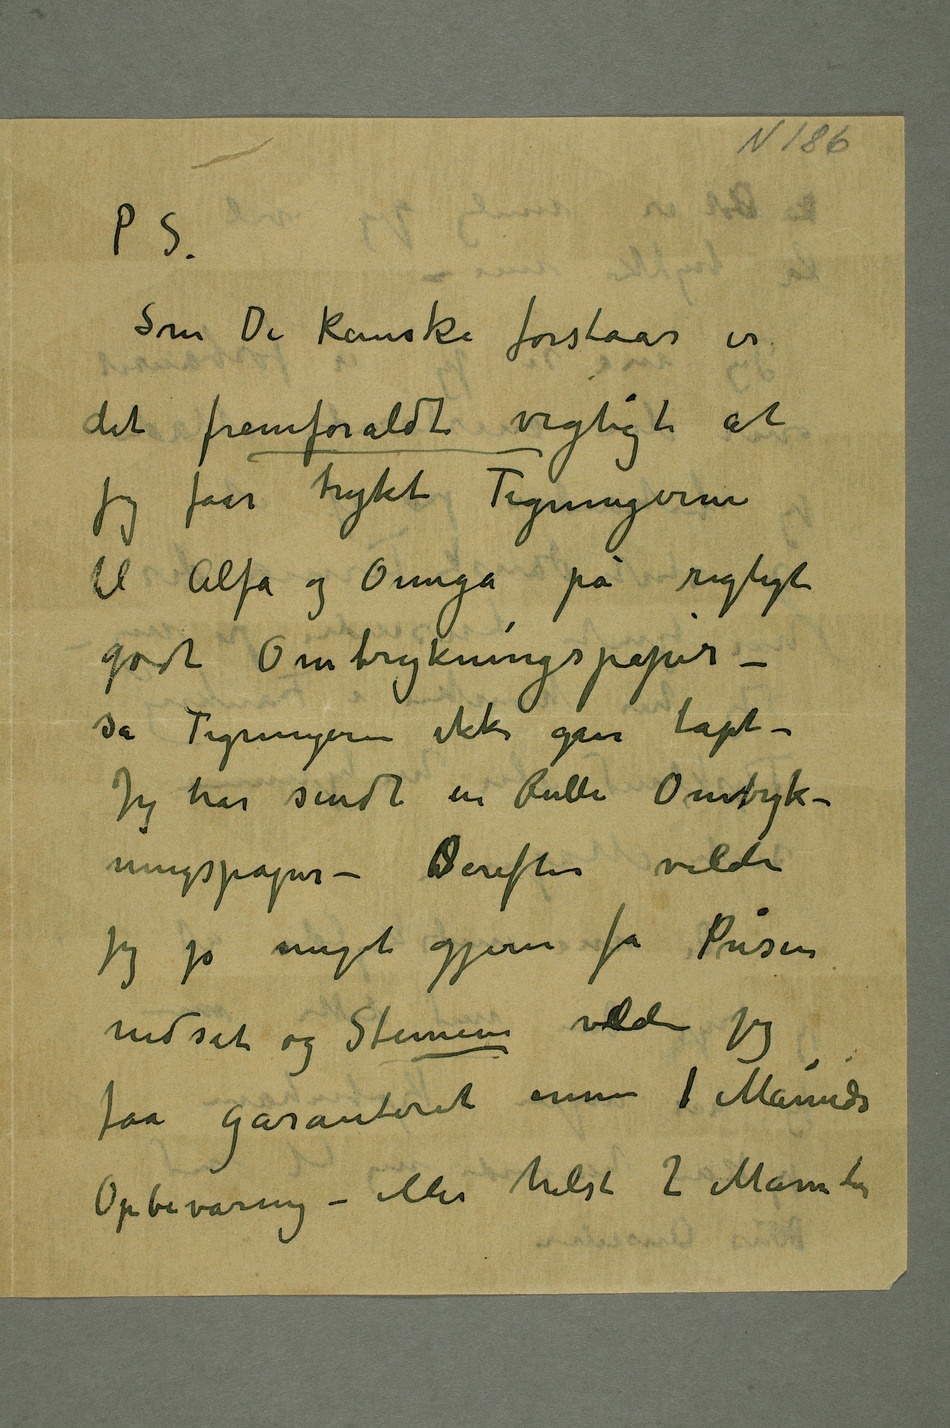
Som De kanske forstaar er
det fremforaldt vigtigt at
jeg faar trykt Tegningerne
til Alfa og Omega på rigtigt
godt Omtrykningspapir –
så Tegningerne ikke gaar tapt –
Jeg har sendt en Rulle Omtryk-
ningspapir – SDerefter vilde
jeg jo meget gjerne få Prisen
indsat og Stenerne vilde jeg
faa garanteret ennu 1 Måneds
Opbevaring – eller helst 2 Måneder